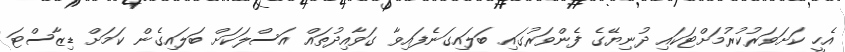
އެހީ ކަށަވަރުކުރުމަށްޓަކައި ދުނިޔޭގެ ފެންވަރުގައި ބަލައިގަނެފައިވާ ގަވާއިދުތައް އަަސްލަކަށް ބަލައިގެން ކަމަށް ޑިޒާސްޓަ